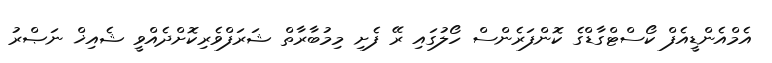
އެމްއެންޑީއެފް ކޯސްޓްގާޑްގެ ކޮންފަރެންސް ހޯލުގައި ރޭ ފެށި މިމުބާރާތް ޝަރަފްވެރިކޮށްދެއްވީ ޝެއިޚް ނަޞްރު